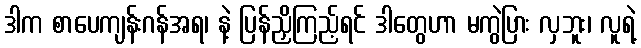
ဒါက စာပေကျန်းဂန်အရ၊ နဲ့ ပြန်ညှိကြည့်ရင် ဒါတွေဟာ မကွဲပြား လှဘူး၊ လူရဲ့